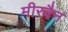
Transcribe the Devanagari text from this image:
मीरवैन